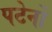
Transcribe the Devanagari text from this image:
पटेर्नो